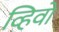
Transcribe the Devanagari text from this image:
व्हिवो